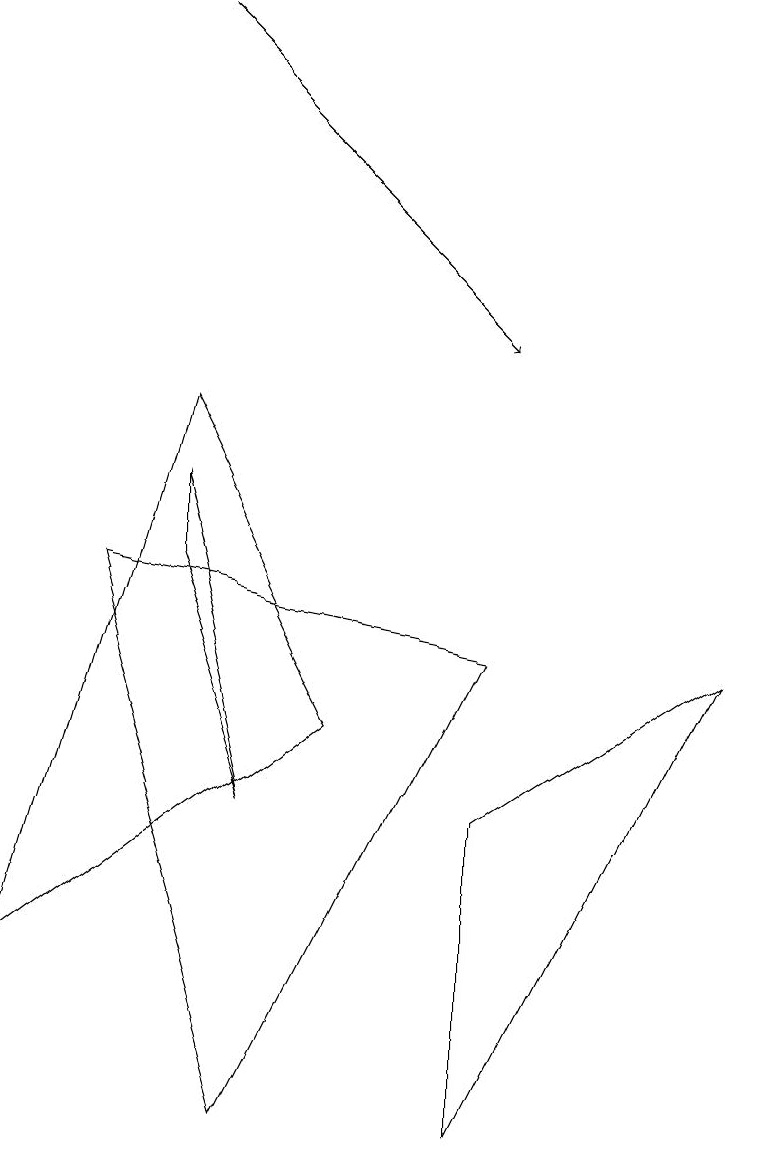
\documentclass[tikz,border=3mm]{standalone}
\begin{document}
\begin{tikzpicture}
\draw (1,7) -- (3,0) -- (6,6) -- cycle;
\draw[->] (2,14) -- (6,10);
\draw (3,4) -- (2,7) -- (2,8) -- cycle;
\draw (4,5) -- (0,2) -- (2,9) -- cycle;
\draw (9,6) -- (6,0) -- (6,4) -- cycle;
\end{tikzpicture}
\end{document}